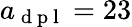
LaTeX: a_{\mathrm{~d~p~l~}}=23